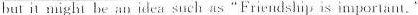
but in might be an idea such as "Friendshi is imjoriant. "